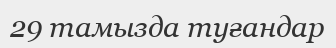
29 тамызда туғандар